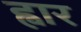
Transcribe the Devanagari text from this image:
ह्वार